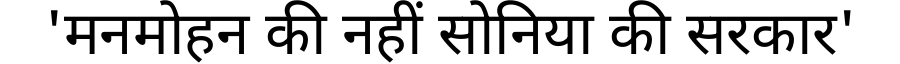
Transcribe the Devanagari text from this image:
'मनमोहन की नहीं सोनिया की सरकार'